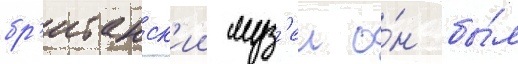
бр'итанск'ии муз'еи о́н бы́л